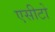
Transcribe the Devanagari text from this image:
एसीटो